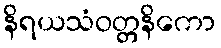
နိရယသံဝတ္တနိကော